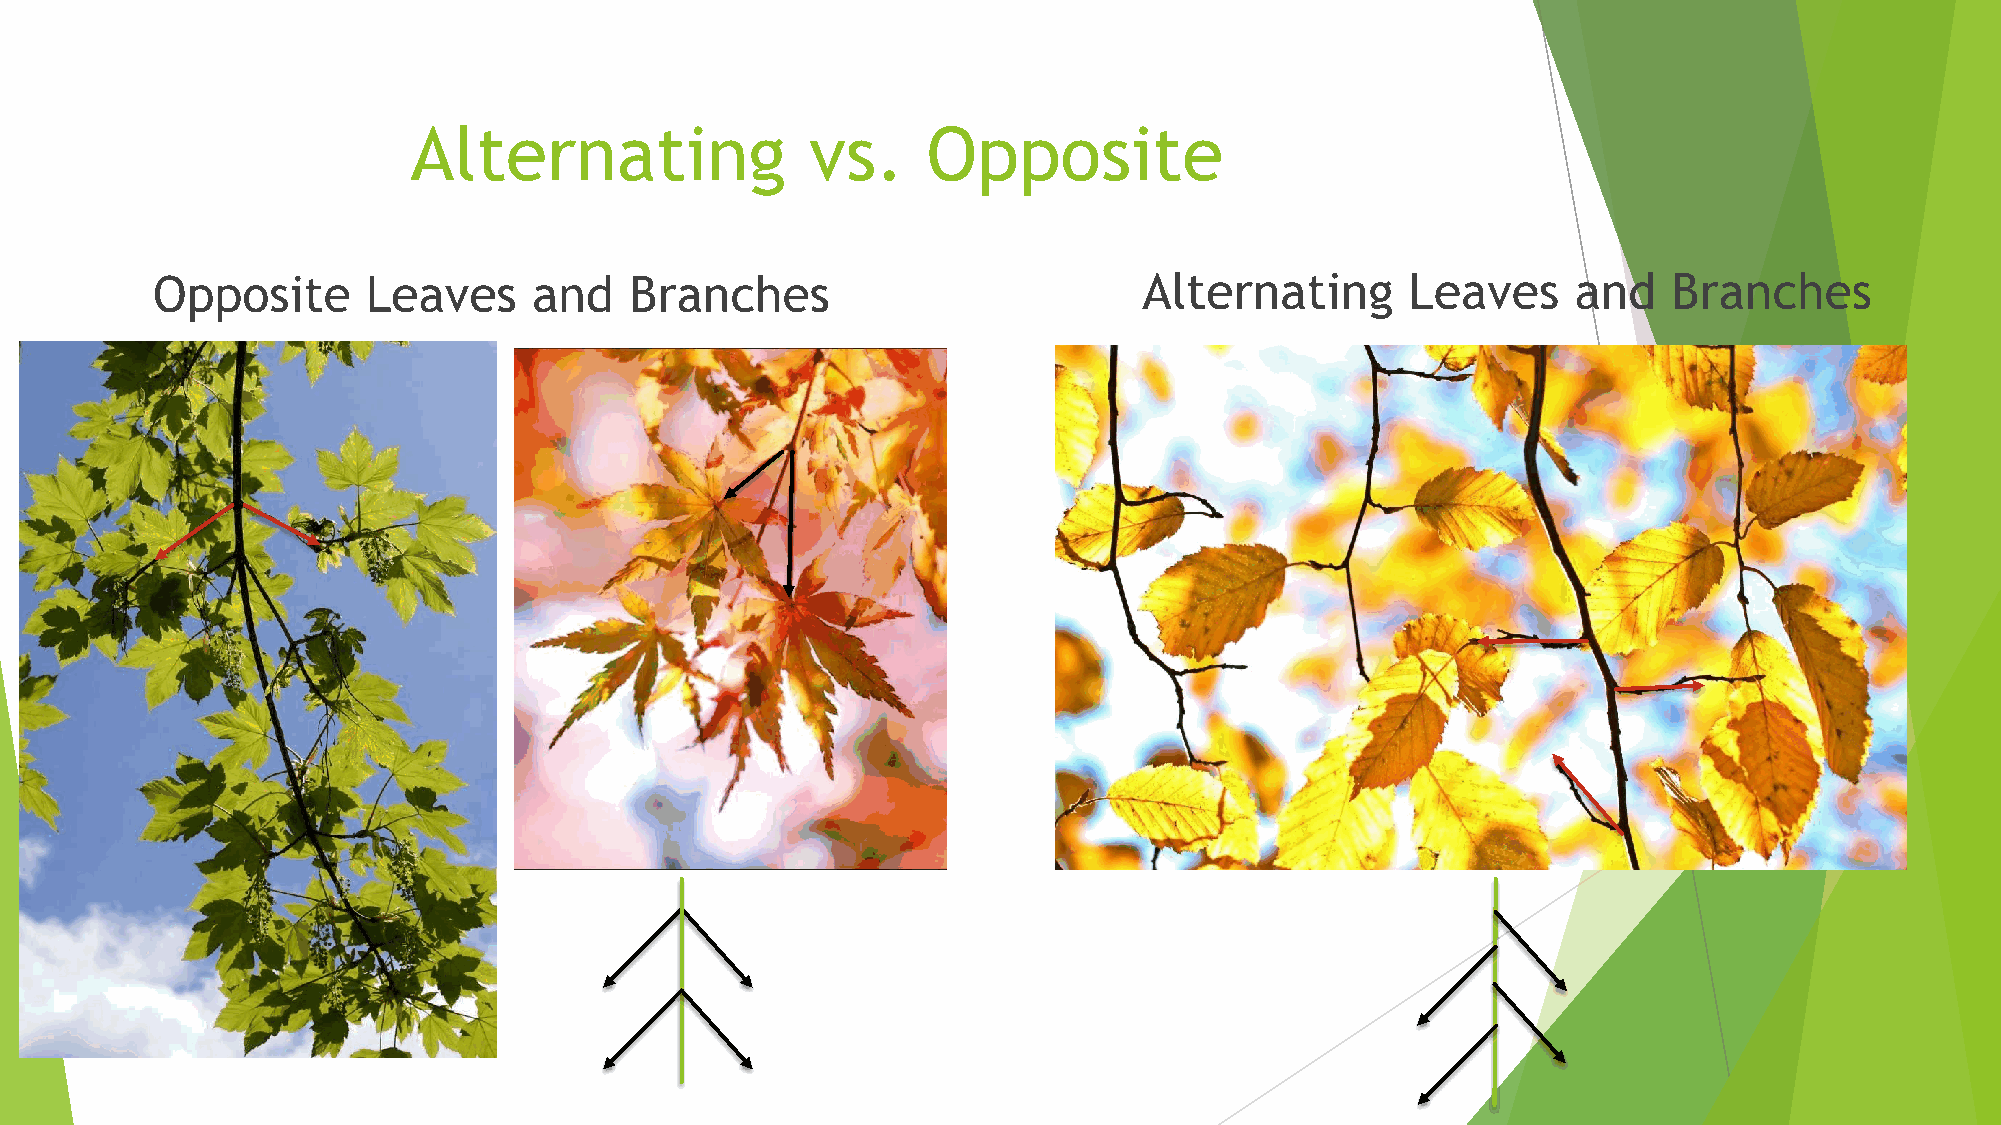
Alternating                vs.    Opposite
 Opposite      Leaves     and    Branches                          Alternating      Leaves     and    Branches